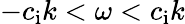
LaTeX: -c_{\mathrm{i}}k<\omega<c_{\mathrm{i}}k